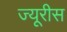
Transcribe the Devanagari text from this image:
ज्यूरीस